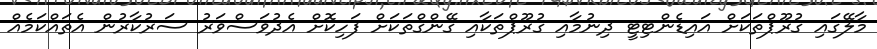
މާލޭގައި ގުރޫޕްތަކަށް އައިޑެންޓިޓީ ދިނުމާއި ގުރޫޕްތަކާއި ގޭންގްތަކަށް ފަހިކޮށް އެދުވަސްވަރު ސަރުކާރުން އެތައްކަމެއް